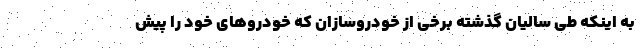
به اینکه طی سالیان گذشته برخی از خودروسازان که خودروهای خود را پیش